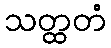
သတ္ထတံ